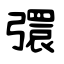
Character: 彋